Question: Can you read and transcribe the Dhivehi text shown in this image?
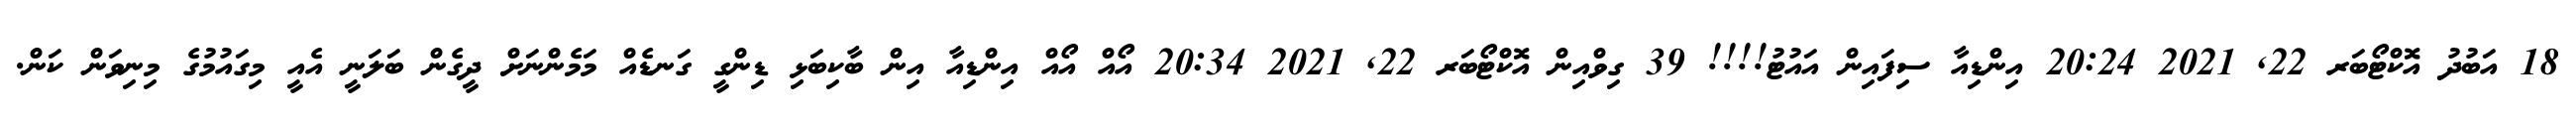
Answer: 18 އަބުދު އޮކްޓޯބަރ 22, 2021 20:24 އިންޑިއާ ސިފައިން އައުޓު!!!! 39 ގިވްއިން އޮކްޓޯބަރ 22, 2021 20:34 އޯއް އޯއް އިންޑިއާ އިން ބާކިބަޅި ޑިންގީ ގަނޑެއް މަމެންނަށް ދީގެން ބަލަނީ އެއީ މިގައުމުގެ މިނިވަން ކަން.